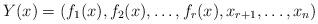
LaTeX: \begin{align*}Y(x) = (f_1(x), f_2(x), \dots , f_r(x), x_{r+1}, \dots , x_n) \end{align*}